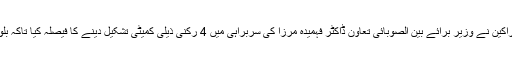
اجلاس کے بعد قومی اسمبلی سیکریٹریٹ سے جاری دستاویزات کے مطابق کمیٹی کے اراکین نے وزیر برائے بین الصوبائی تعاون ڈاکٹر فہمیدہ مرزا کی سربراہی میں 4 رکنی ذیلی کمیٹی تشکیل دینے کا فیصلہ کیا تاکہ بلوچستان کے تمام مسائل سے متعلق جامع ٹرمز آف ریفرنس (ٹی او آر) تیار کیے جا سکیں۔